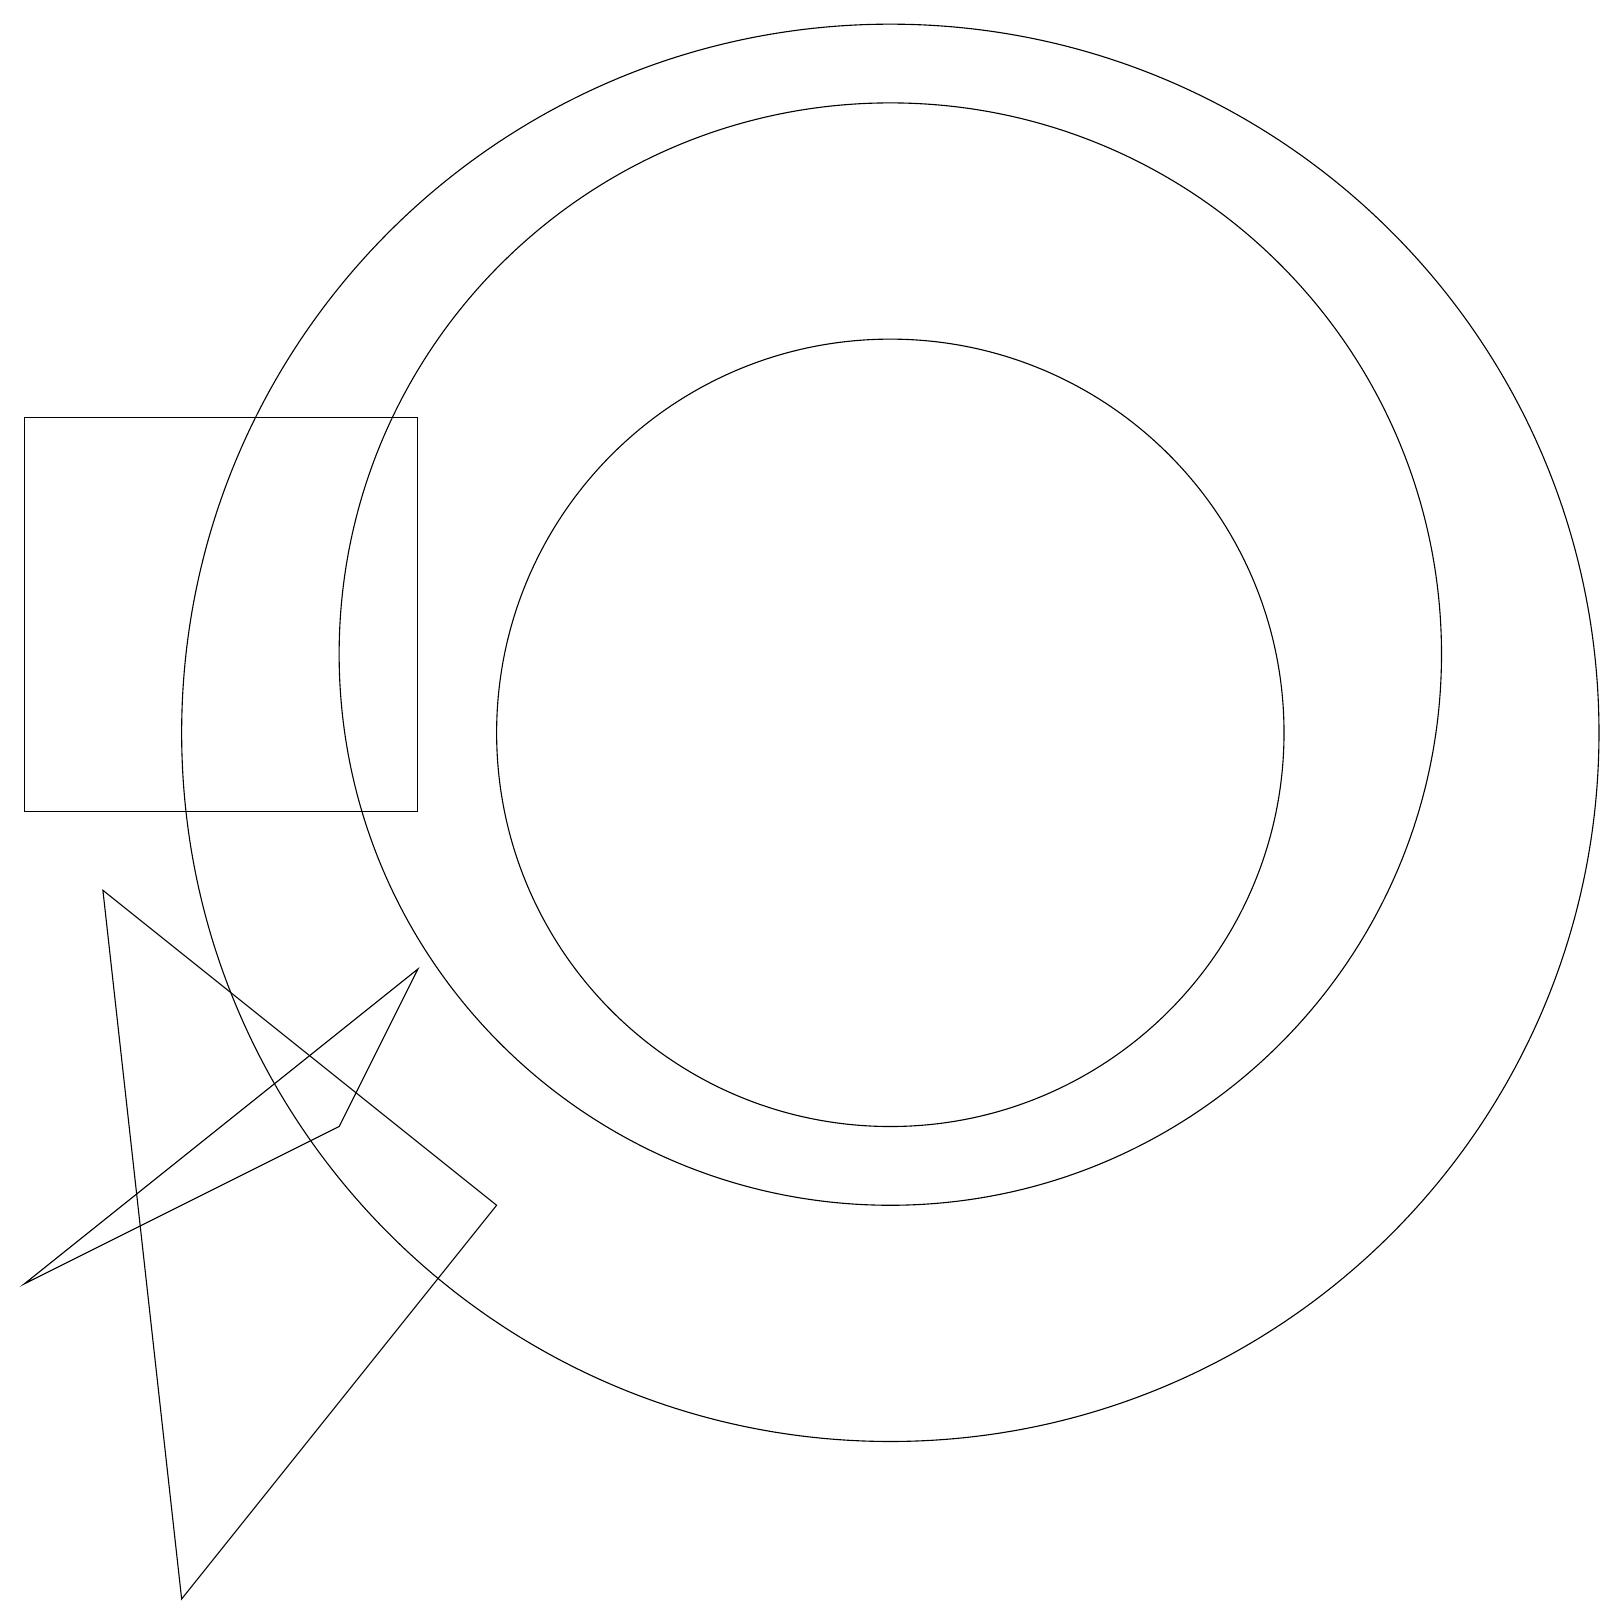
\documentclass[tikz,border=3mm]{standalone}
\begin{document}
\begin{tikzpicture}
\draw (11,11) circle (5);
\draw (5,10) rectangle (0,15);
\draw (11,11) circle (9);
\draw (11,12) circle (7);
\draw (0,4) -- (4,6) -- (5,8) -- cycle;
\draw (2,0) -- (1,9) -- (6,5) -- cycle;
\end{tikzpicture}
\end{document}